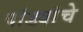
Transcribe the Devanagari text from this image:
पांड्यांचे